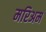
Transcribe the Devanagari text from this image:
मरिअम